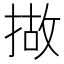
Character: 𢰴